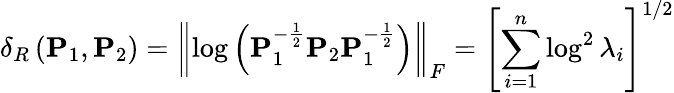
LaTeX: \delta_{R}\left(\mathbf{P}_{1},\mathbf{P}_{2}\right)=\left\| \log\left(\mathbf{P}_{1}^{-\frac{1}{2}}\mathbf{P}_{2}\mathbf{P}_{1}^{-\frac{1}{2}}\right)\right\| _{F}=\left[\sum_{i=1}^{n}\log^{2}\lambda_{i}\right]^{1/2}